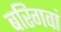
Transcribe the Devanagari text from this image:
बरिगवां